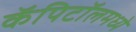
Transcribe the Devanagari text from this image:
कॅपिटॉलमध्ये